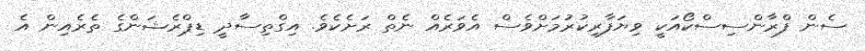
ސެން ފްރާންސިސްކޯއަކީ ވިޔަފާރިކުރުމަށްވެސް އެވަރެއް ނެތް ރަށެކެވެ. އިގްތިސާދީ ޑިޕްރެޝަންގެ ތެރެއިން އެ